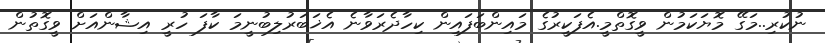
ނުކުރި..މަގޭ މޮޔަކަމުން ވީގޮތްމީ.އެފަކީރުގެ މައިންބަފައިން ކިހާދެރަވާނެ އެޚަބަރުލިބުނީމަ ކާފަ ހުރީ އިޝާންއަށް ވީގޮތުން